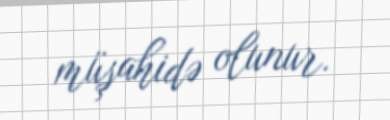
müşahidə olunur.